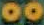
00